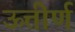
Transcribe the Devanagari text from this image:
ऊत्तीर्ण